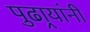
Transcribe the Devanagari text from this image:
पुढार्‍यांनी